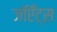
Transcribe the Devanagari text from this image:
जॉएँट्स